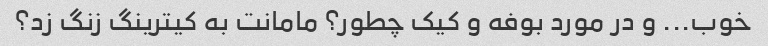
خوب... و در مورد بوفه و کیک چطور؟ مامانت به کیترینگ زنگ زد؟